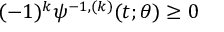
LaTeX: ( - 1 ) ^ { k } \psi ^ { - 1 , ( k ) } ( t ; \theta ) \geq 0